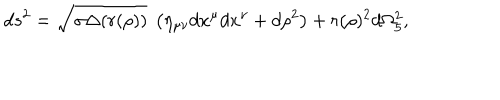
LaTeX: d s ^ { 2 } = \sqrt { \sigma \Delta ( r ( \rho ) ) } ~ \left( \eta _ { \mu \nu } d x ^ { \mu } d x ^ { \nu } + d \rho ^ { 2 } \right) + r ( \rho ) ^ { 2 } d \Omega _ { 5 } ^ { 2 } ,